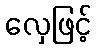
လှေဖြင့်